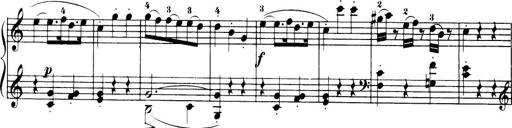
Title: 32 Sonatinas and Rondos for the Piano
Composer: Richard Kleinmichel